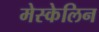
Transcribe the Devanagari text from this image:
मेस्केलिन